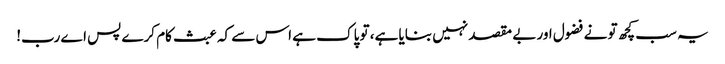
یہ سب کچھ تو نے فضول اور بے مقصد نہیں بنایا ہے، تو پاک ہے اس سے کہ عبث کام کرے پس اے رب!